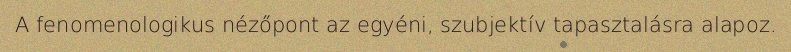
A fenomenologikus nézőpont az egyéni, szubjektív tapasztalásra alapoz.